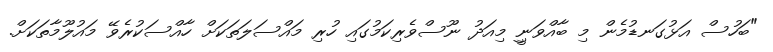
"ބަހުސް އަޅުގަނޑުމެން މި ބާއްވަނިީ މިއަދު ނޫސްވެރިކަމުގައި ހުރި މައްސަލަތަކަށް ހާއްސަކުރެވޭ މައުލޫމާތަކަށް.